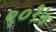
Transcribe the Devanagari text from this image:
९०१७